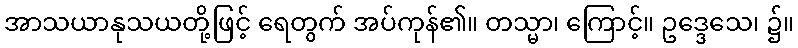
အာသယာနုသယတို့ဖြင့် ရေတွက် အပ်ကုန်၏။ တသ္မာ၊ ကြောင့်။ ဥဒ္ဒေသေ၊ ၌။